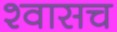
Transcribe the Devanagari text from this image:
श्वासच